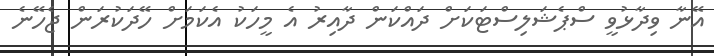
އޭނާ ވިދާޅުވީ ސްޕެޝަލިސްޓަކަށް ދައްކަން ދާއިރު އެ މީހަކު އެކަމަށް ހޭދަކުރަން ޖެހޭނެ